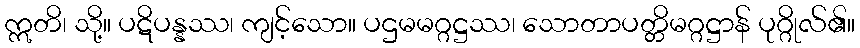
ဣတိ၊ သို့။ ပဋိပန္နဿ၊ ကျင့်သော။ ပဌမမဂ္ဂဋ္ဌဿ၊ သောတာပတ္တိမဂ္ဂဋ္ဌာန် ပုဂ္ဂိုလ်၏။